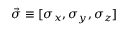
\vec { \sigma } \equiv [ \sigma _ { x } , \sigma _ { y } , \sigma _ { z } ]